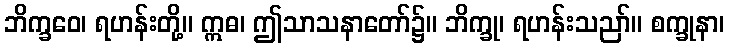
ဘိက္ခဝေ၊ ရဟန်းတို့။ ဣဓ၊ ဤသာသနာတော်၌။ ဘိက္ခု၊ ရဟန်းသညာ်။ စက္ခုနာ၊